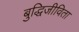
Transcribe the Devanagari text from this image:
बुद्धिजीविता